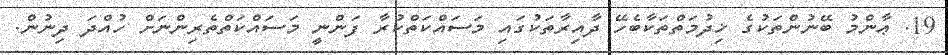
19. ޢާންމު ބޭނުންތަކުގެ ޚިދުމަތްތަކާބެހޭ ދާއިރާތަކުގައި މަސައްކަތްކުރާ ފަންނީ މަސައްކަތްތެރިންނަށް ހުއްދަ ދިނުން.